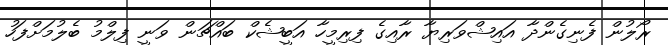
ރޯލުން ފެނިގެންދާ އައިޝްވަރިޔާ ރާއިގެ ފިރިމީހާ އަބީޝެކް ބައްޗަން ވަނީ ފިލްމު ބެލުމަށްފަހު